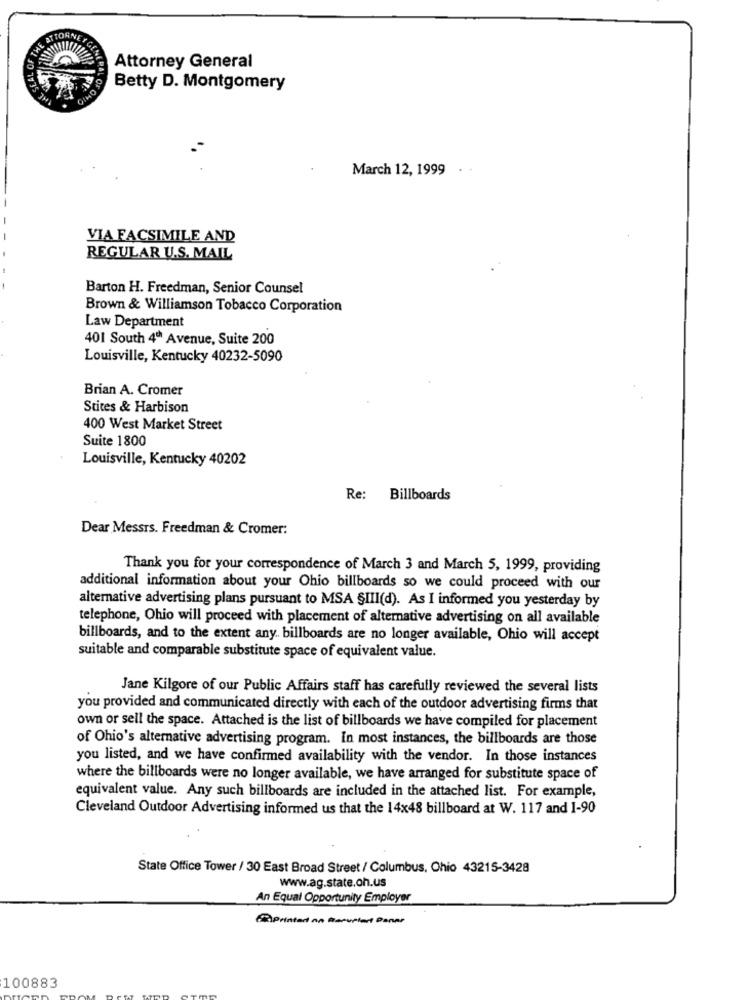
E ATTORNETC
E SEAL OF 1
Attorney General
Betty D. Montgomery
OF OHIO
March 12, 1999 ..
VIA FACSIMILE AND
REGULAR U.S. MAIL
Barton H. Freedman, Senior Counsel
Brown & Williamson Tobacco Corporation
Law Department
401 South 4º Avenue, Suite 200
Louisville, Kentucky 40232-5090
Brian A. Cromer
Stites & Harbison
400 West Market Street
Suite 1800
Louisville, Kentucky 40202
Re: Billboards
Dear Messrs. Freedman & Cromer:
Thank you for your correspondence of March 3 and March 5, 1999, providing
additional information about your Ohio billboards so we could proceed with our
alternative advertising plans pursuant to MSA §III(d). As I informed you yesterday by
telephone, Ohio will proceed with placement of alternative advertising on all available
billboards, and to the extent any. billboards are no longer available, Ohio will accept
suitable and comparable substitute space of equivalent value.
Jane Kilgore of our Public Affairs staff has carefully reviewed the several lists
you provided and communicated directly with each of the outdoor advertising firms that
own or sell the space. Attached is the list of billboards we have compiled for placement
of Ohio's alternative advertising program. In most instances, the billboards are those
you listed, and we have confirmed availability with the vendor. In those instances
where the billboards were no longer available, we have arranged for substitute space of
equivalent value. Any such billboards are included in the attached list. For example,
Cleveland Outdoor Advertising informed us that the 14x48 billboard at W. 117 and 1-90
State Office Tower / 30 East Broad Street / Columbus, Ohio 43215-3428
www.ag.state.oh.us
An Equal Opportunity Employer
(Printarti An Barupart Paner
100883